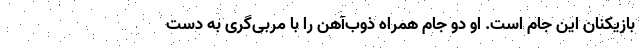
بازیکنان این جام است. او دو جام همراه ذوب‌آهن را با مربی‌گری به دست